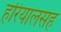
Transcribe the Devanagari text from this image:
हरियालसह